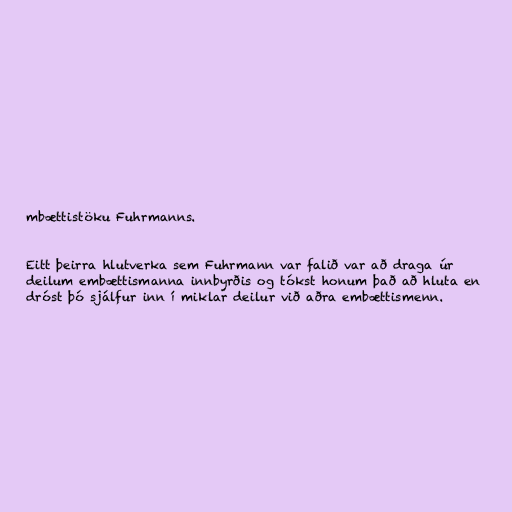
mbættistöku Fuhrmanns.

Eitt þeirra hlutverka sem Fuhrmann var falið var að draga úr
deilum embættismanna innbyrðis og tókst honum það að hluta en
dróst þó sjálfur inn í miklar deilur við aðra embættismenn.